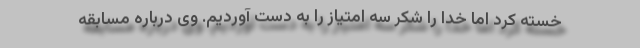
خسته کرد اما خدا را شکر سه امتیاز را به دست آوردیم. وی درباره مسابقه